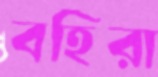
বহিরা